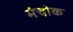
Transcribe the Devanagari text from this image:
मंचोक